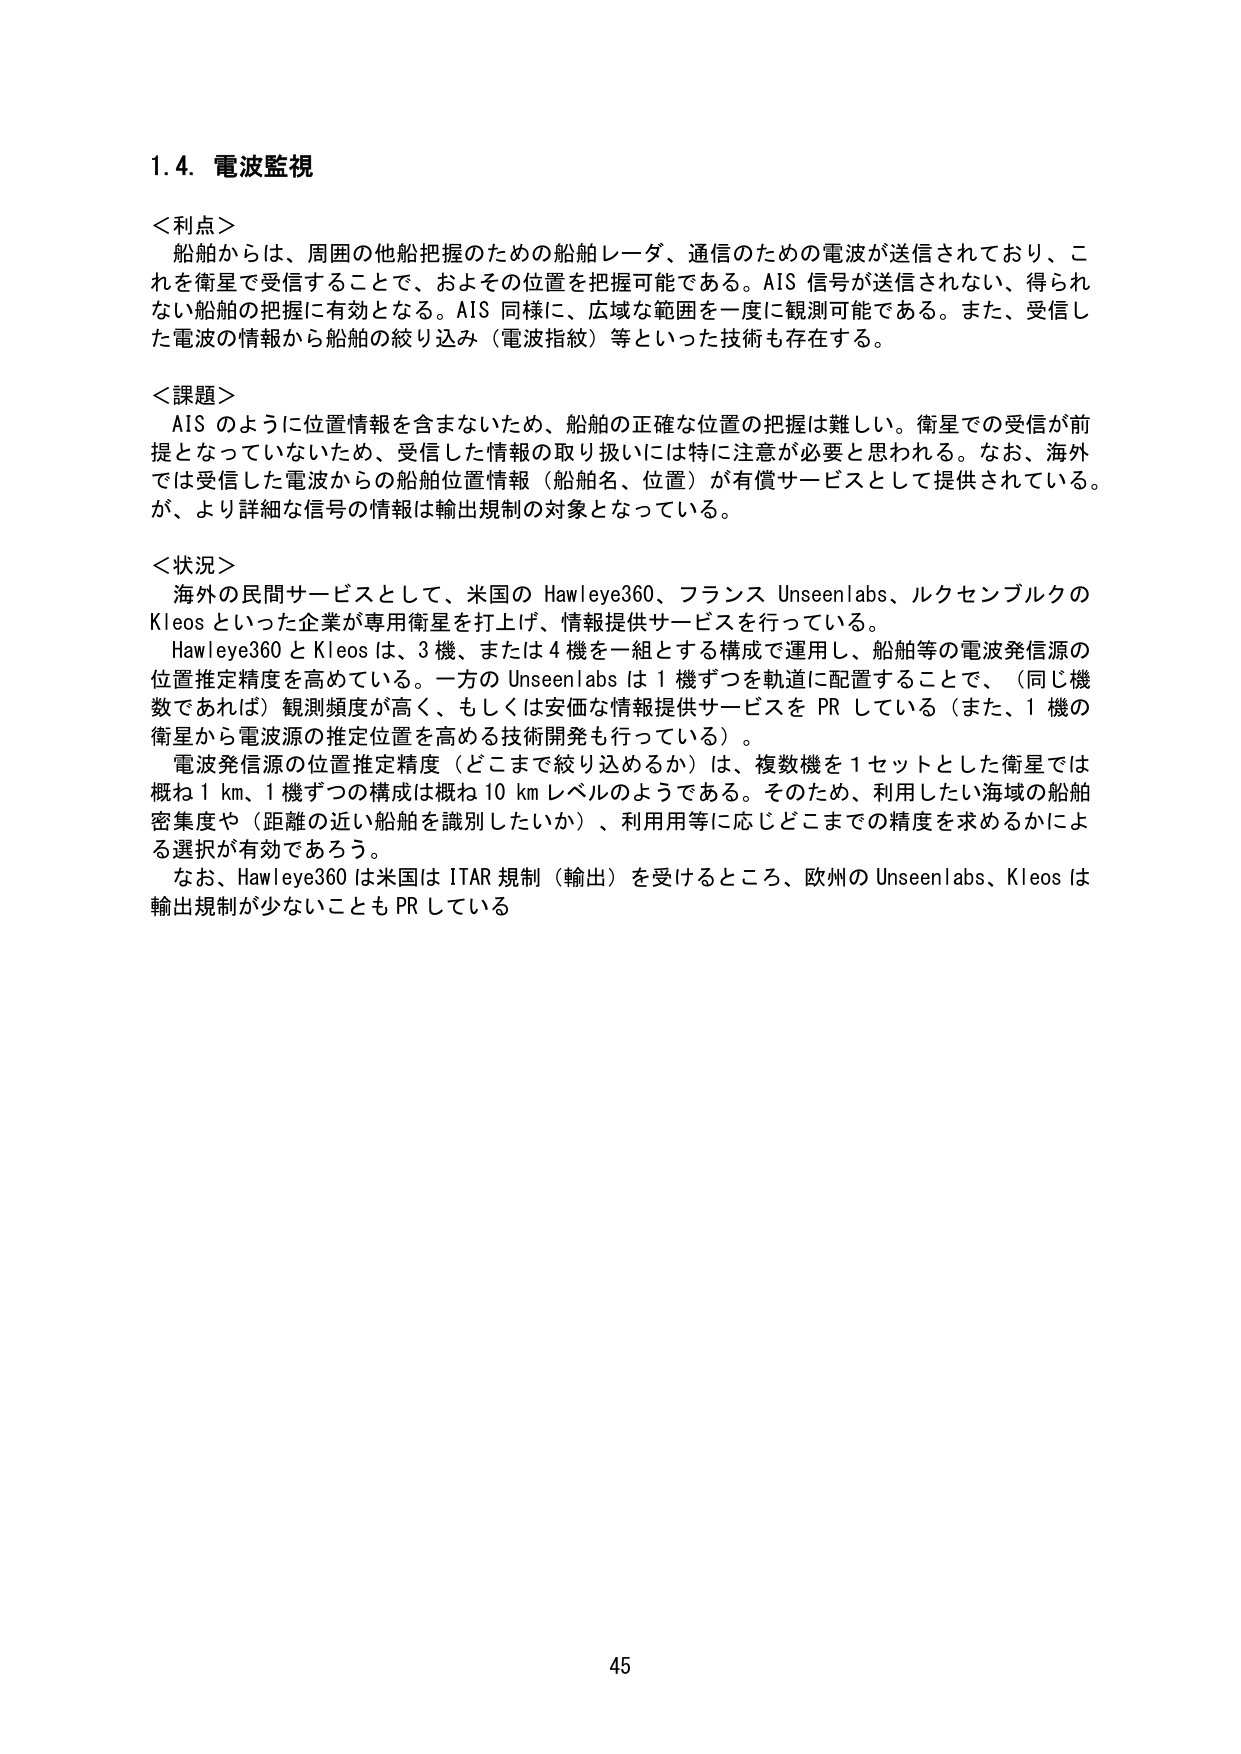
1.4. 電波監視

＜利点＞
船舶からは、周囲の他船把握のための船舶レーダ、通信のための電波が送信されており、これ は衛星で受信することで、およその位置を把握可能である。AIS 信号が送信されない、得られ ない船舶の把握に有効となる。AIS 同様に、広域な範囲を一度に観測可能である。また、受信し た電波の情報から船舶の絞り込み（電波指紋）等といった技術も存在する。

＜課題＞
AIS のように位置情報を含まないため、船舶の正確な位置の把握は難しい。衛星での受信が前 提となっていないため、受信した情報の取り扱いには特に注意が必要と思われる。なお、海外 では受信した電波からの船舶位置情報（船舶名、位置）が有償サービスとして提供されている。 が、より詳細な信号の情報は輸出規制の対象となっている。

＜状況＞
海外の民間サービスとして、米国の Hawleye360、フランス Unseenlabs、ルクセンブルクの Kleos といった企業が専用衛星を打上げ、情報提供サービスを行っている。
Hawleye360 と Kleos は、3 機、または 4 機を一組とする構成で運用し、船舶等の電波発信源の 位置推定精度を高めている。一方の Unseenlabs は 1 機ずつを軌道に配置することで、（同じ機 数であれば）観測頻度が高く、もしくは安価な情報提供サービスを PR している（また、1 機の 衛星から電波源の推定位置を高める技術開発も行っている）。
電波発信源の位置推定精度（どこまで絞り込めるか）は、複数機を 1 セットとした衛星では 概ね 1 km、1 機ずつの構成は概ね 10 km レベルのようである。そのため、利用したい海域の船舶 密集度や（距離の近い船舶を識別したいか）、利用用等に応じどこまでの精度を求めるかによ る選択が有効であろう。
なお、Hawleye360 は米国は ITAR 規制（輸出）を受けるところ、欧州の Unseenlabs、Kleos は 輸出規制が少ないことも PR している

45